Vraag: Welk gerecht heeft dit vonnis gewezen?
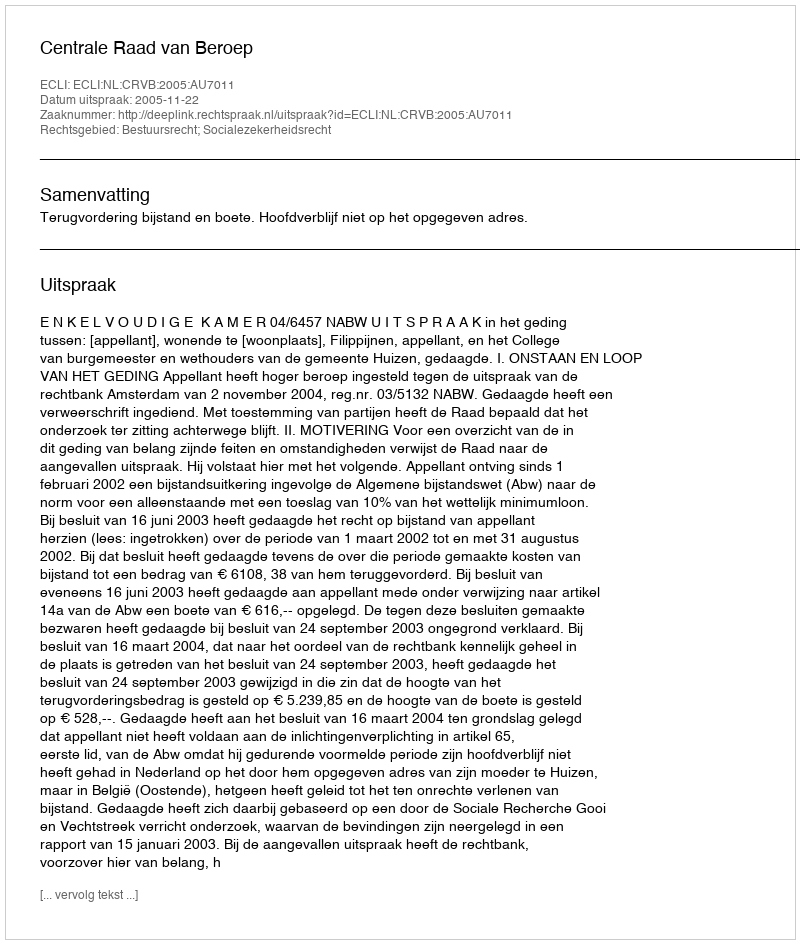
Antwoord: Centrale Raad van Beroep